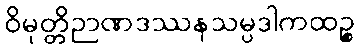
ဝိမုတ္တိဉာဏဒဿနသမ္ပဒါကထဉ္စ